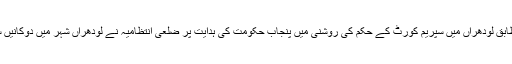
تفصیلات کے مطابق لودھراں میں سپریم کورٹ کے حکم کی روشنی میں پنجاب حکومت کی ہدایت پر ضلعی انتظامیہ نے لودھراں شہر میں دوکانیں سیل کرد ی تھیں۔